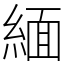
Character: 緬